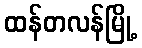
ထန်တလန်မြို့